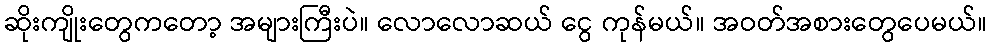
ဆိုးကျိုးတွေကတော့ အများကြီးပဲ။ လောလောဆယ် ငွေ ကုန်မယ်။ အဝတ်အစားတွေပေမယ်။